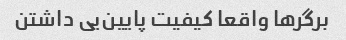
برگرها واقعا کیفیت پایین‌یی داشتن